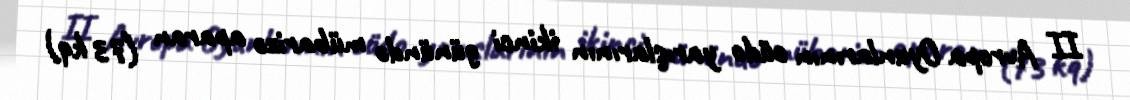
II Avropa Oyunlarının cüdo yarışlarının ikinci günündə mübarizə aparan (73 kq)